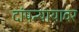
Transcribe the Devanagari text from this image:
दांपत्यायावर